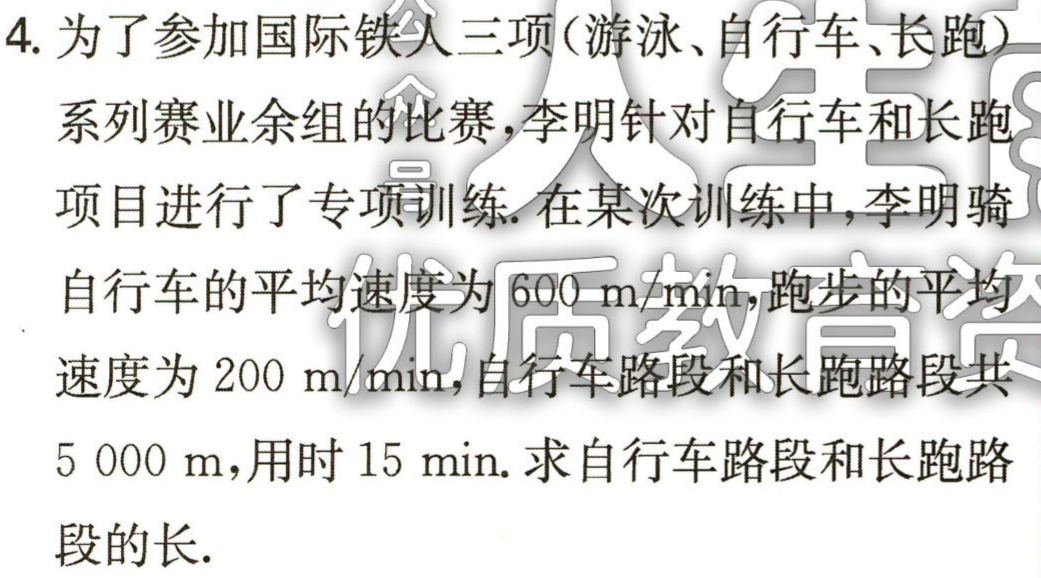
4. 为了参加国际铁人三项(游泳、自行车、长跑)

系列赛业余组的比赛，李明针对自行车和长跑

项目进行了专项训练. 在某次训练中，李明骑

自行车的平均速度为\(600\ m/min\)，跑步的平均

速度为\(200\ m/min\)，自行车路段和长跑路段共

\(5 000\ m\)，用时\(15\ min\). 求自行车路段和长跑路

段的长.